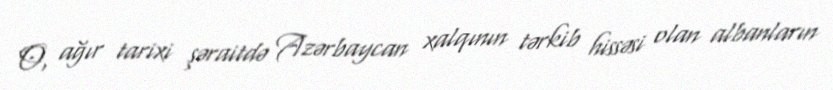
O, ağır tarixi şəraitdə Azərbaycan xalqının tərkib hissəsi olan albanların